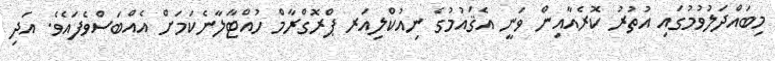
މިބައްދަލުވުމުގައި އުތުރު ކޮރެއާއިން ވަނީ އެޤައުމުގެ ނިއުކްލިއަރ ޕްރޮގްރާމް ހުއްޓާލާނެކަމަށް އެއްބަސްވެފައެވެ. އަދި